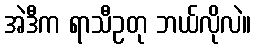
အဲဒီက ရာသီဥတု ဘယ်လိုလဲ။